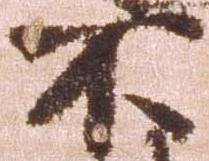
不